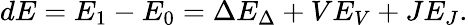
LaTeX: dE=E_{1}-E_{0}=\Delta E_{\Delta}+VE_{V}+JE_{J}.